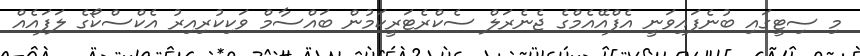
މި ސިޓީގައި ބުނެފައިވަނީ އެފްއޭއެމްގެ ޖެނެރަލް ސެކްރެޓަރީކަމުން ބައްސާމް ވަކިކުރިއިރު އެކްސްކޯގެ ލަފައެއް